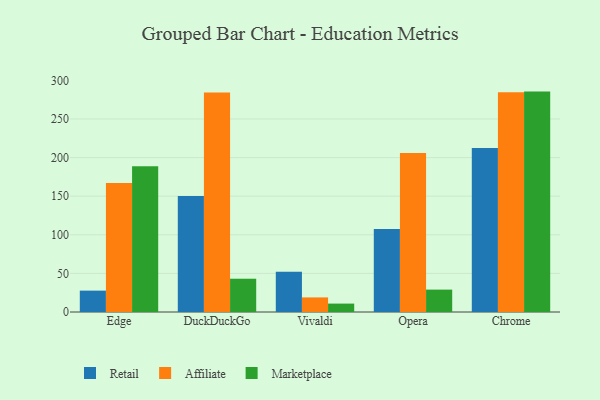
{"axis": {"x": "Browser", "y": "Tickets Resolved"}, "legend": ["Affiliate", "Marketplace", "Retail"], "data": [{"x": "Edge", "y": 27.7, "type": "Retail"}, {"x": "Edge", "y": 167.0, "type": "Affiliate"}, {"x": "Edge", "y": 188.7, "type": "Marketplace"}, {"x": "DuckDuckGo", "y": 150.4, "type": "Retail"}, {"x": "DuckDuckGo", "y": 284.4, "type": "Affiliate"}, {"x": "DuckDuckGo", "y": 43.1, "type": "Marketplace"}, {"x": "Vivaldi", "y": 52.3, "type": "Retail"}, {"x": "Vivaldi", "y": 18.9, "type": "Affiliate"}, {"x": "Vivaldi", "y": 10.9, "type": "Marketplace"}, {"x": "Opera", "y": 107.6, "type": "Retail"}, {"x": "Opera", "y": 206.1, "type": "Affiliate"}, {"x": "Opera", "y": 29.0, "type": "Marketplace"}, {"x": "Chrome", "y": 212.3, "type": "Retail"}, {"x": "Chrome", "y": 284.5, "type": "Affiliate"}, {"x": "Chrome", "y": 285.5, "type": "Marketplace"}]}